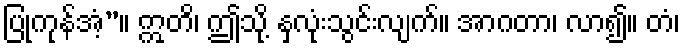
ပြုကုန်အံ့”။ ဣတိ၊ ဤသို့ နှလုံးသွင်းလျက်။ အာဂတာ၊ လာ၍။ တံ၊